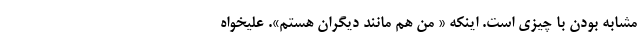
مشابه بودن با چیزی است. اینکه « من هم مانند دیگران هستم». علیخواه